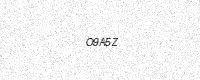
Text: O9A5Z